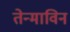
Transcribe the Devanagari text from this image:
तेन्माविन